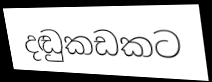
දඬුකඩකට